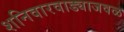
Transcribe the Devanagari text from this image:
शनिवारवाड्याजवळ